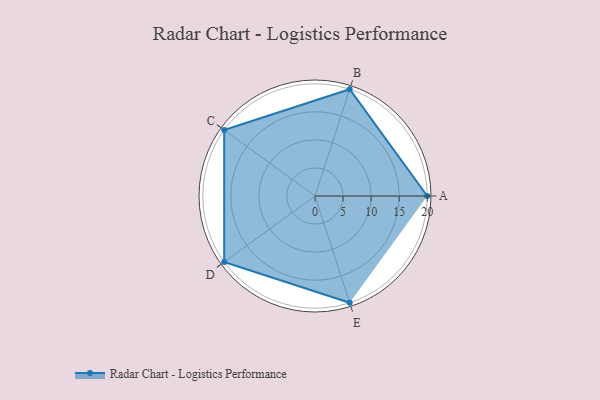
{"axis": {"x": "Skill", "y": "Score"}, "legend": ["Profile"], "data": [{"x": "A", "y": 20, "type": "Profile"}, {"x": "B", "y": 20, "type": "Profile"}, {"x": "C", "y": 20, "type": "Profile"}, {"x": "D", "y": 20, "type": "Profile"}, {"x": "E", "y": 20, "type": "Profile"}]}